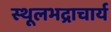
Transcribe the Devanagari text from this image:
स्थूलभद्राचार्य